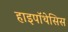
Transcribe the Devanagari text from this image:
हाइपॉथेसिस